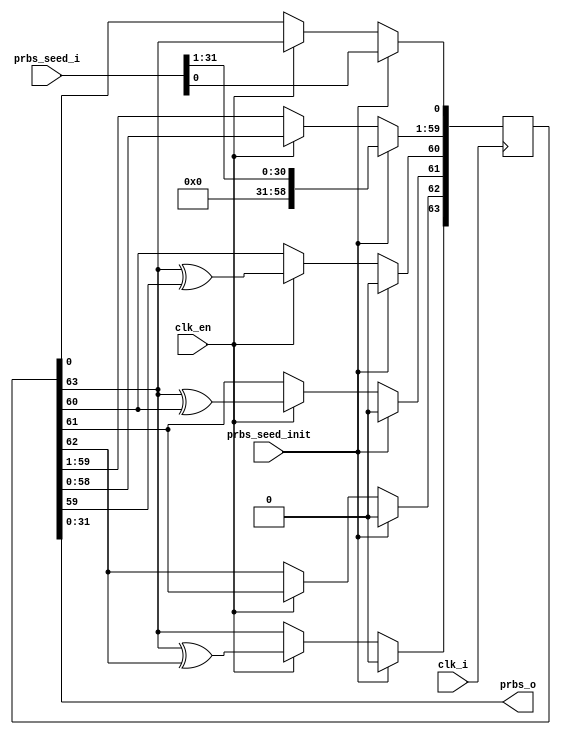
//*****************************************************************************
//   ____  ____
//  /   /\/   /
// /___/  \  /    Vendor: Xilinx
// \   \   \/     Version: %version
//  \   \         Application: MIG
//  /   /         Filename: cmd_prbs_gen.v
// /___/   /\     Date Last Modified:
// \   \  /  \    Date Created:
//  \___\/\___\
//
//Device: Spartan6
//Design Name: DDR/DDR2/DDR3/LPDDR
//Purpose:  This moduel use LFSR to generate random address, isntructions
//          or burst_length.
//Reference:
//Revision History:     1.1 Added condition to zero out the LSB address bits according to
//                      DWIDTH and FAMILY. 7/9/2009       
//
//*****************************************************************************

`timescale 1ps/1ps

module mig_7series_v4_2_cmd_prbs_gen_axi #
  (
   parameter TCQ                 = 100,
   parameter FAMILY              = "SPARTAN6",
   parameter ADDR_WIDTH          = 29,
   parameter DWIDTH              = 32,
   parameter PRBS_CMD            = "ADDRESS", // "INSTR", "BLEN","ADDRESS"
   parameter PRBS_WIDTH          = 64,        //   64,15,20
   parameter SEED_WIDTH          = 32,        //   32,15,4

   parameter PRBS_EADDR_MASK_POS = 32'hFFFFD000,
   parameter PRBS_SADDR_MASK_POS = 32'h00002000,
   parameter PRBS_EADDR          = 32'h00002000,
   parameter PRBS_SADDR          = 32'h00002000
   )
  (
   input                         clk_i,
   input                         prbs_seed_init,  // when high the prbs_x_seed will be loaded
   input                         clk_en,
   input [SEED_WIDTH-1:0]        prbs_seed_i,
   output[SEED_WIDTH-1:0]        prbs_o           // generated address
  );

  wire[ADDR_WIDTH - 1:0]         ZEROS;
  reg [SEED_WIDTH - 1:0]         prbs;
  reg [PRBS_WIDTH :1]            lfsr_q;

assign ZEROS = 'b0;
//
//**************************************************************
//####################################################################################################################
//                                                                                                                   #
//                                                                                                                   #
// 64 taps: [64,63,61,60]: {{8'b01011000}, {56'b0}}                                                                  #
//  upper 32 bits are loadable                                                                                       #
//                                                                                                                   #
//
//
//     ........................................................................................
//         ^                  ^                      ^             ^                          |
//         |   ____           |  ___     ___         | ___         |  ___     ___     ___     |
//         |   |   |   |---|<-  |   |   |   | |---|<- |   |  |---|<- |   |...|   |   |   |    |  The first 32 bits are parallel loadable.
//         ----|64 |<--|xor|<-- |63 |-->|62 |-|xor|<--|61 |<-|xor|<--|60 |...|33 |<--|1|<<--
//             |___|    ---     |___|   |___|  ---    |___|   ---    |___|...|___|   |___|
//
//
//                                           <<-- shifting  --
//#####################################################################################################################

// use SRLC32E for lower 32 stages and 32 registers for upper 32 stages.
// we need to provide 30 bits addres. SRLC32 has only one bit output.
// address seed will be loaded to upper 32 bits.
//
//  parallel load and serial shift out to  LFSR  during INIT time

generate
  if(PRBS_CMD == "ADDRESS" && PRBS_WIDTH == 64) begin :gen64_taps
    always @ (posedge clk_i) begin
      if(prbs_seed_init) begin//reset it to a known good state to prevent it locks up
        lfsr_q <= #TCQ {31'b0,prbs_seed_i};
      end else if(clk_en) begin
        lfsr_q[64] <= #TCQ lfsr_q[64] ^ lfsr_q[63];
        lfsr_q[63] <= #TCQ lfsr_q[62];
        lfsr_q[62] <= #TCQ lfsr_q[64] ^ lfsr_q[61];
        lfsr_q[61] <= #TCQ lfsr_q[64] ^ lfsr_q[60];
        lfsr_q[60:2] <= #TCQ lfsr_q[59:1];
        lfsr_q[1] <= #TCQ lfsr_q[64];
      end
    end

    always @(lfsr_q[32:1]) begin
      prbs = lfsr_q[32:1];
    end
  end
endgenerate

function integer logb2;
  input [31:0] in;
  integer i;
  begin
    i = in;
      for(logb2=1; i>0; logb2=logb2+1)
        i = i >> 1;
  end
endfunction

generate
  if(PRBS_CMD == "ADDRESS" && PRBS_WIDTH == 32) begin :gen32_taps
    always @ (posedge clk_i) begin
      if(prbs_seed_init) begin //reset it to a known good state to prevent it locks up
        lfsr_q <= #TCQ {prbs_seed_i};
      end else if(clk_en) begin
        lfsr_q[32:9] <= #TCQ lfsr_q[31:8];
        lfsr_q[8]    <= #TCQ lfsr_q[32] ^ lfsr_q[7];
        lfsr_q[7]    <= #TCQ lfsr_q[32] ^ lfsr_q[6];
        lfsr_q[6:4]  <= #TCQ lfsr_q[5:3];

        lfsr_q[3]    <= #TCQ lfsr_q[32] ^ lfsr_q[2];
        lfsr_q[2]    <= #TCQ lfsr_q[1] ;
        lfsr_q[1]    <= #TCQ lfsr_q[32];
      end
    end

    integer i;
    always @(lfsr_q[32:1]) begin
    
     if (FAMILY == "SPARTAN6" ) begin  // for 32 bits
    
      for(i = logb2(DWIDTH) + 1; i <= SEED_WIDTH - 1; i = i + 1)

       if(PRBS_SADDR_MASK_POS[i] == 1)
          prbs[i] = PRBS_SADDR[i] | lfsr_q[i+1];
       else if(PRBS_EADDR_MASK_POS[i] == 1)
          prbs[i] = PRBS_EADDR[i] & lfsr_q[i+1];
       else
          prbs[i] =  lfsr_q[i+1];
          
       prbs[logb2(DWIDTH )  :0] = {logb2(DWIDTH ) + 1{1'b0}};         

      end
    else begin
     for(i = logb2(DWIDTH)-4; i <= SEED_WIDTH - 1; i = i + 1)
       if(PRBS_SADDR_MASK_POS[i] == 1)
          prbs[i] = PRBS_SADDR[i] | lfsr_q[i+1];
       else if(PRBS_EADDR_MASK_POS[i] == 1)
          prbs[i] = PRBS_EADDR[i] & lfsr_q[i+1];
       else
          prbs[i] =  lfsr_q[i+1];
     prbs[logb2(DWIDTH)-5:0] = {logb2(DWIDTH) - 4{1'b0}};

    end  
 
  end  
end endgenerate

//////////////////////////////////////////////////////////////////////////
//####################################################################################################################
//                                                                                                                   #
//                                                                                                                   #
// 15 taps: [15,14]:                                                                                                 #
//                                                                                         #
//                                                                                                                   #
//
//
//         .............................................................
//         ^                  ^              .                           ^
//         |   ____           |  ___     ___     ___     ___     ___     |
//         |   |   |   |---|<-  |   |   |   |   |   |...|   |   |   |    |
//         ----|15 |<--|xor|<-- |14 |<--|13 |<--|12 |...|2  |<--|1  |<<--
//             |___|    ---     |___|   |___|   |___|...|___|   |___|
//
//
//                                           <<-- shifting  --
//#####################################################################################################################

generate
  if(PRBS_CMD == "INSTR" | PRBS_CMD == "BLEN") begin :gen20_taps
    always @(posedge clk_i) begin
      if(prbs_seed_init) begin//reset it to a known good state to prevent it locks up
        lfsr_q <= #TCQ {5'b0,prbs_seed_i[14:0]};
      end else if(clk_en) begin
        lfsr_q[20]   <= #TCQ lfsr_q[19];
        lfsr_q[19]   <= #TCQ lfsr_q[18];

        lfsr_q[18]   <= #TCQ lfsr_q[20] ^lfsr_q[17];

        lfsr_q[17:2] <= #TCQ lfsr_q[16:1];
        lfsr_q[1]    <= #TCQ lfsr_q[20];
      end
    end

    always @ (lfsr_q) begin
      prbs = lfsr_q[32:1];
    end
  end
endgenerate

assign prbs_o = prbs;

endmodule